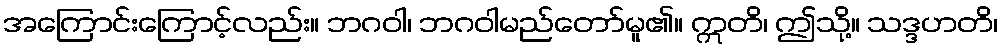
အကြောင်းကြောင့်လည်း။ ဘဂဝါ၊ ဘဂဝါမည်တော်မူ၏။ ဣတိ၊ ဤသို့။ သဒ္ဒဟတိ၊